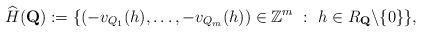
LaTeX: \begin{align*} \widehat{H} (\mathbf{Q}):=\{(-v_{Q_1}(h),\ldots,-v_{Q_m}(h))\in \mathbb{Z}^m \ : \ h\in R_{\mathbf{Q}}\backslash\{0\} \}, \end{align*}